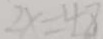
2 x = 4 8